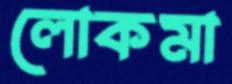
লোকমা